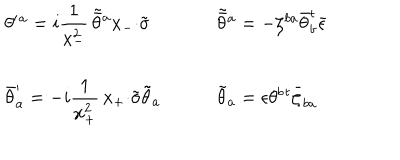
\begin{array} { l l } { { \theta ^ { \prime } { } ^ { a } = i \displaystyle { \frac { 1 } { x _ { - } ^ { 2 } } \, \tilde { \bar { \theta } } { } ^ { a } x _ { - } { \cdot \tilde { \sigma } } } ~ } } & { { ~ \tilde { \bar { \theta } } { } ^ { a } = - \zeta ^ { b a } \bar { \theta } _ { b } ^ { t } \bar { \epsilon } } } \\ { { { } } } & { { { } } } \\ { { \bar { \theta } _ { a } ^ { \prime } = - i \displaystyle { \frac { 1 } { x _ { + } ^ { 2 } } \, x _ { + } { \cdot \tilde { \sigma } } \tilde { \theta } _ { a } } ~ } } & { { ~ \tilde { \theta } _ { a } = \epsilon \theta ^ { b } { } ^ { t } \bar { \zeta } _ { b a } } } \\ \end{array}